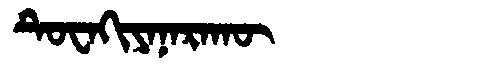
Manchu: ᡨᡠᠸᠠᡴᡳᠶᠠᠨᠠᡵᠠᡴᡡ
Romanization: TUWAKIYANARAKŪ